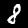
Digit: 8